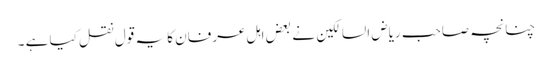
چنانچہ صاحب ریاض السالکین نے بعض اہل عرفان کا یہ قول نقل کیا ہے ۔